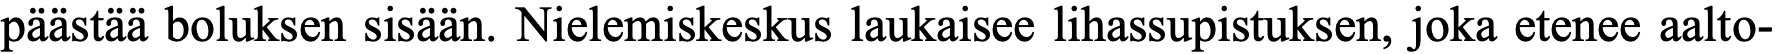
päästää boluksen sisään. Nielemiskeskus laukaisee lihassupistuksen, joka etenee aalto-